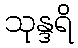
သုန္ဒရိ